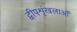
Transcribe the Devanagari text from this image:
द्वीपशृंखलाओं